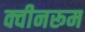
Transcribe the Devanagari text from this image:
क्वीनरूम